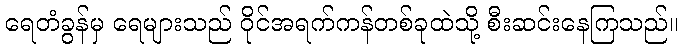
ရေတံခွန်မှ ရေများသည် ဝိုင်အရက်ကန်တစ်ခုထဲသို့ စီးဆင်းနေကြသည်။